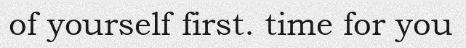
of yourself first. time for you